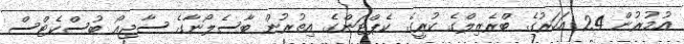
އުމުރުން 24 އަހަރުގެ ބްރެޒިލްގެ ކުރީގެ ކެޕްޓަންގެ އިތުރުން ބާސެލޯނާގެ ސާޖިއޯ ބުސްކެޓްސް